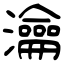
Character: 瀹